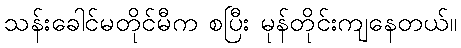
သန်းခေါင်မတိုင်မီက စပြီး မုန်တိုင်းကျနေတယ်။